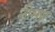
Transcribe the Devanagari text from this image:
नीमार